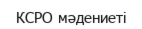
КСРО мәдениеті